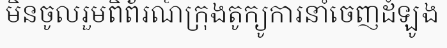
មិនចូលរួមពិព័រណ៍ក្រុងតូក្យូការនាំចេញដំឡូង